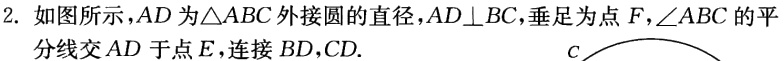
2. 如图所示，$AD$为$\triangle ABC$外接圆的直径，$AD\perp BC$，垂足为点$F$，$\angle ABC$的平分线交$AD$于点$E$，连接$BD$，$CD.$